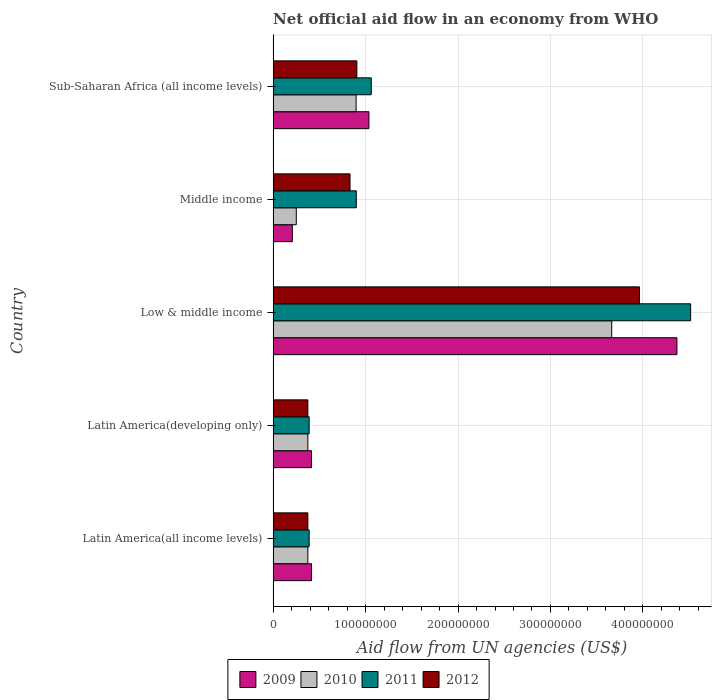
| Country | 2009 | 2010 | 2011 | 2012 |
 | --- | --- | --- | --- | --- |
 | Latin America(all income levels) | 4.16e+07 | 3.76e+07 | 3.9e+07 | 3.76e+07 |
 | Latin America(developing only) | 4.16e+07 | 3.76e+07 | 3.9e+07 | 3.76e+07 |
 | Low & middle income | 4.37e+08 | 3.66e+08 | 4.52e+08 | 3.96e+08 |
 | Middle income | 2.08e+07 | 2.51e+07 | 9e+07 | 8.32e+07 |
 | Sub-Saharan Africa (all income levels) | 1.04e+08 | 8.98e+07 | 1.06e+08 | 9.06e+07 |